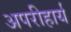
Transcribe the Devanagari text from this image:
अपरीहार्य